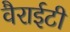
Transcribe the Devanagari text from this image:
वैराईटी